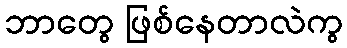
ဘာတွေ ဖြစ်နေတာလဲကွ